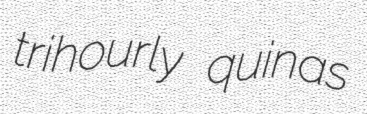
trihourly quinas